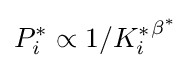
P_{i}^{*}\propto 1/{K_{i}^{*}}^{\beta ^{*}}